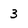
Character: 3